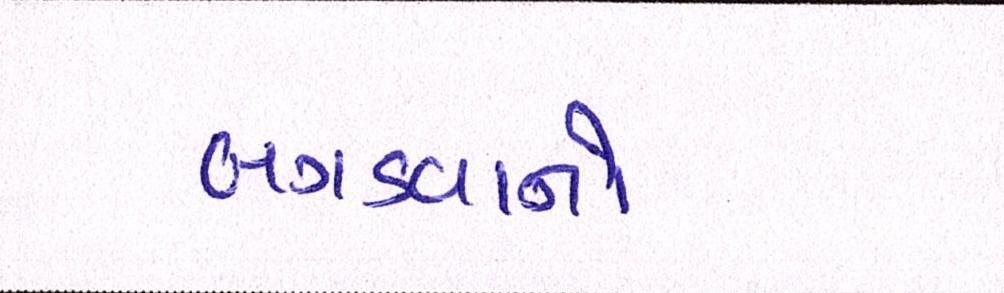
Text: બગડવાનો